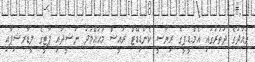
ވައުދުގެ ދަތުރުގައި އެމް.ޑީ.ޕީގެ ރިޔާސީ ކެންޑިޑޭޓް ރައީސް މުޙައްމަދު ނަޝީދާއި ޕާޓީގެ ލީޑާރޝިޕާއި